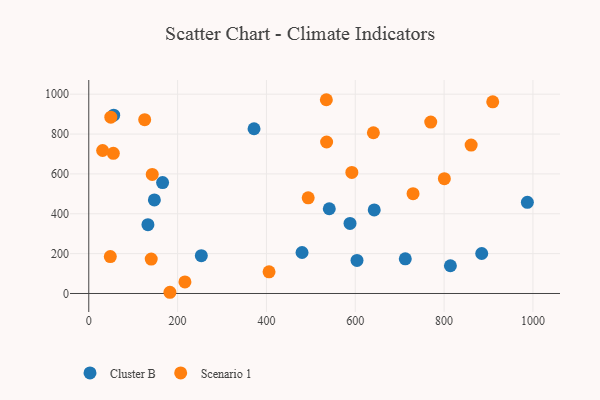
{"axis": {"x": "Distance", "y": "Sales"}, "legend": ["Cluster B", "Scenario 1"], "data": [{"x": "56.1", "y": 894.7, "type": "Cluster B"}, {"x": "166.2", "y": 556.7, "type": "Cluster B"}, {"x": "147.7", "y": 469.6, "type": "Cluster B"}, {"x": "814.2", "y": 139.1, "type": "Cluster B"}, {"x": "987.5", "y": 457.6, "type": "Cluster B"}, {"x": "480.2", "y": 205.8, "type": "Cluster B"}, {"x": "642.7", "y": 419.5, "type": "Cluster B"}, {"x": "603.9", "y": 165.7, "type": "Cluster B"}, {"x": "133.2", "y": 345.2, "type": "Cluster B"}, {"x": "712.6", "y": 174.1, "type": "Cluster B"}, {"x": "541.5", "y": 425.1, "type": "Cluster B"}, {"x": "884.7", "y": 200.6, "type": "Cluster B"}, {"x": "588.2", "y": 351.5, "type": "Cluster B"}, {"x": "372.1", "y": 826.6, "type": "Cluster B"}, {"x": "253.4", "y": 190.0, "type": "Cluster B"}, {"x": "640.8", "y": 806.5, "type": "Scenario 1"}, {"x": "730.1", "y": 500.7, "type": "Scenario 1"}, {"x": "534.9", "y": 972.3, "type": "Scenario 1"}, {"x": "494.0", "y": 480.0, "type": "Scenario 1"}, {"x": "909.5", "y": 961.9, "type": "Scenario 1"}, {"x": "142.9", "y": 597.5, "type": "Scenario 1"}, {"x": "55.3", "y": 703.5, "type": "Scenario 1"}, {"x": "31.2", "y": 717.5, "type": "Scenario 1"}, {"x": "182.7", "y": 6.1, "type": "Scenario 1"}, {"x": "140.6", "y": 172.9, "type": "Scenario 1"}, {"x": "48.5", "y": 185.1, "type": "Scenario 1"}, {"x": "405.9", "y": 108.8, "type": "Scenario 1"}, {"x": "216.5", "y": 58.1, "type": "Scenario 1"}, {"x": "592.3", "y": 607.3, "type": "Scenario 1"}, {"x": "125.9", "y": 872.3, "type": "Scenario 1"}, {"x": "769.9", "y": 860.3, "type": "Scenario 1"}, {"x": "860.9", "y": 744.6, "type": "Scenario 1"}, {"x": "535.5", "y": 760.1, "type": "Scenario 1"}, {"x": "800.6", "y": 576.2, "type": "Scenario 1"}, {"x": "49.6", "y": 884.6, "type": "Scenario 1"}]}